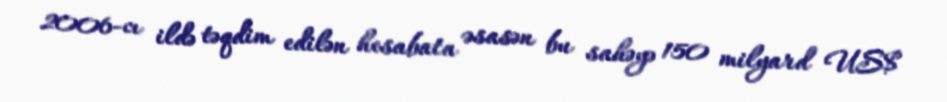
2006-cı ildə təqdim edilən hesabata əsasən bu sahəyə 150 milyard US$